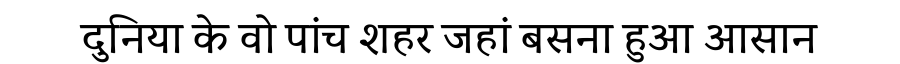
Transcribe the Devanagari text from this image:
दुनिया के वो पांच शहर जहां बसना हुआ आसान